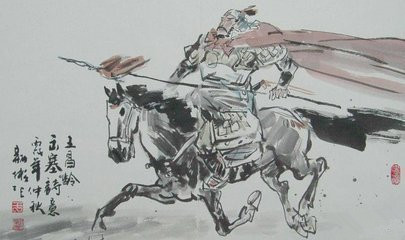
未收天子河湟地，不拟回头望故乡。